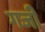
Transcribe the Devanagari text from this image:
गजी